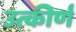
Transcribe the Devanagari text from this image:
उत्कीर्णं